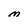
Character: M